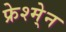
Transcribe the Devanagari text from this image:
फ्रेश्मे्न